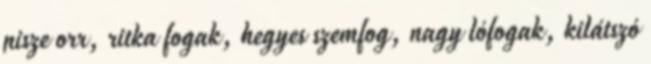
pisze orr, ritka fogak, hegyes szemfog, nagy lófogak, kilátszó